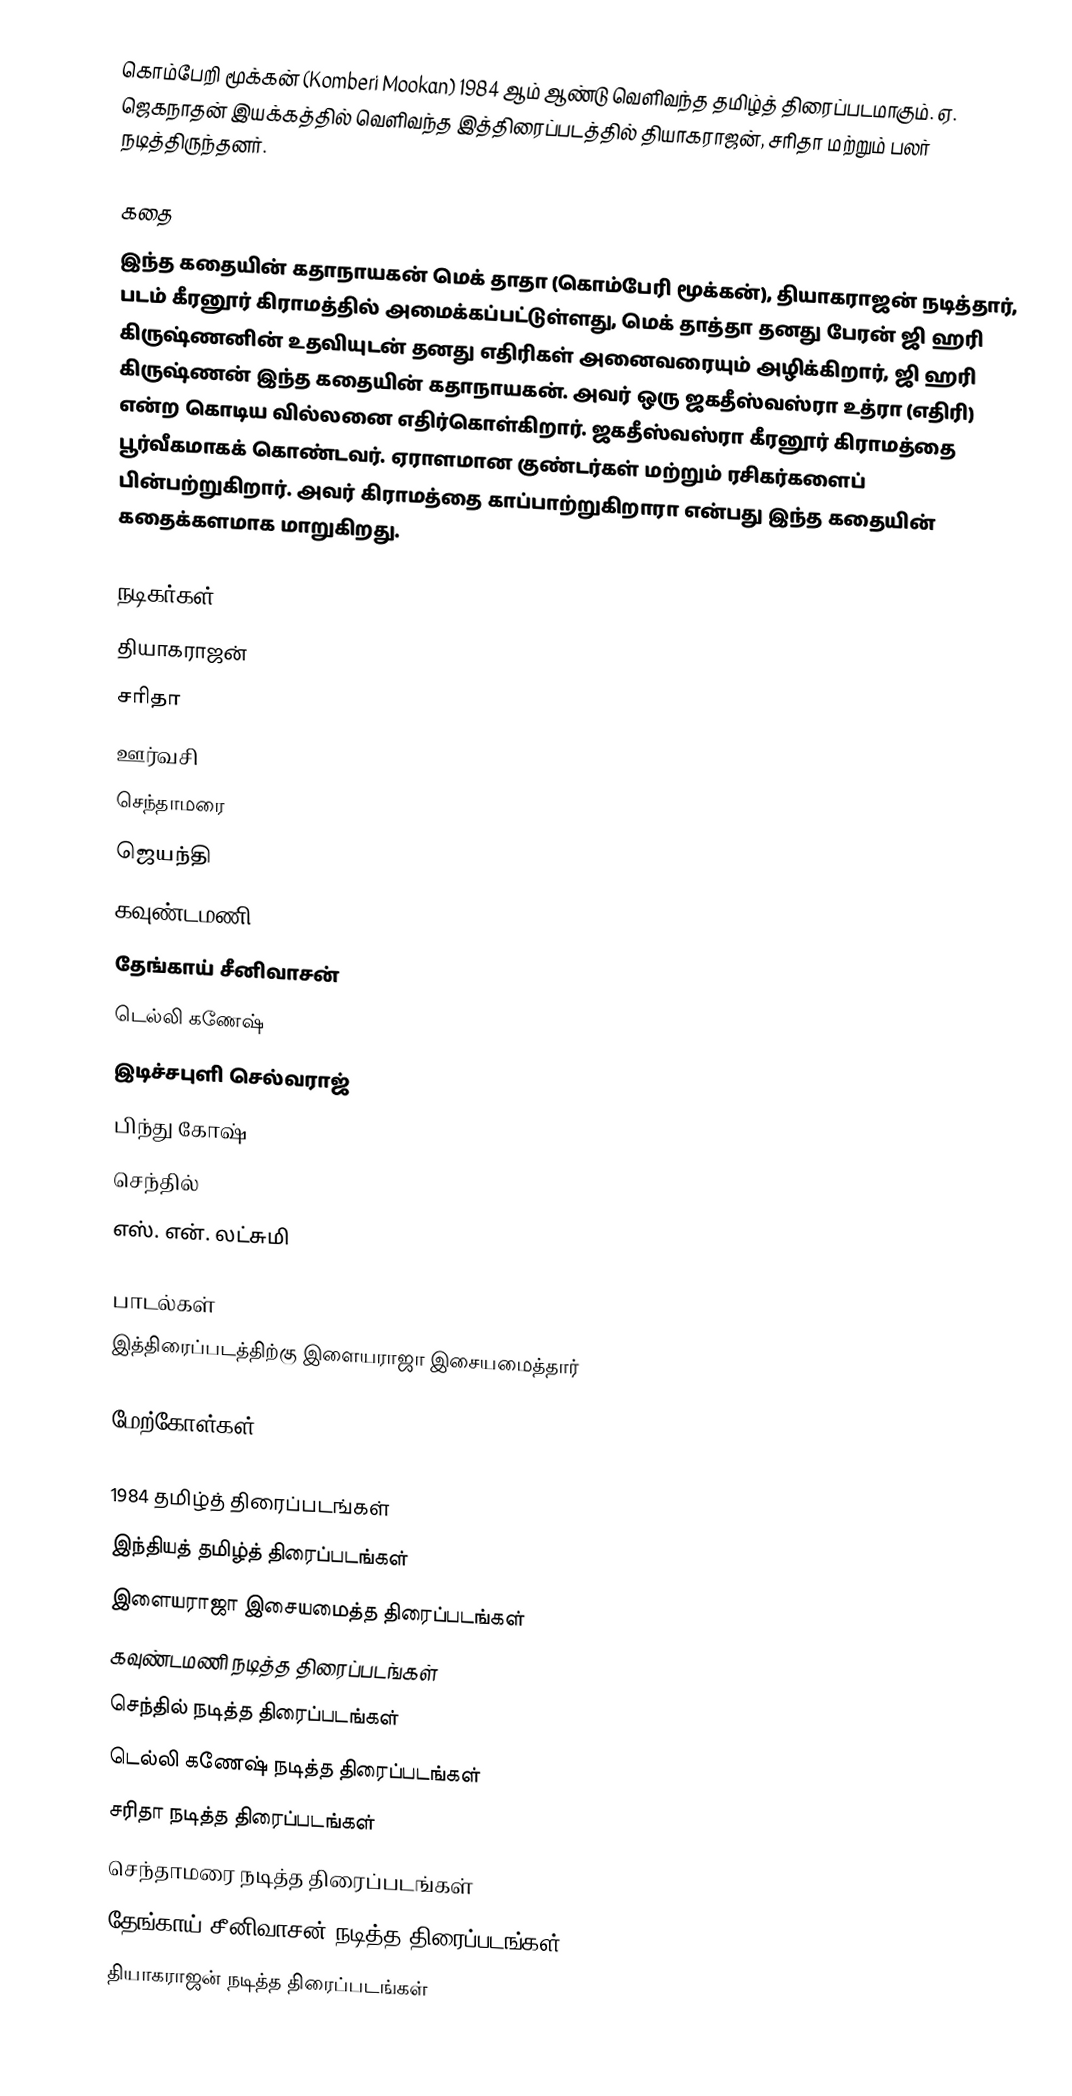
கொம்பேறி மூக்கன் (Komberi Mookan) 1984 ஆம் ஆண்டு வெளிவந்த தமிழ்த் திரைப்படமாகும். ஏ. ஜெகநாதன் இயக்கத்தில் வெளிவந்த இத்திரைப்படத்தில் தியாகராஜன், சரிதா மற்றும் பலர் நடித்திருந்தனர்.

கதை
இந்த கதையின் கதாநாயகன் மெக் தாதா (கொம்பேரி மூக்கன்), தியாகராஜன் நடித்தார், படம் கீரனூர் கிராமத்தில் அமைக்கப்பட்டுள்ளது, மெக் தாத்தா தனது பேரன் ஜி ஹரி கிருஷ்ணனின் உதவியுடன் தனது எதிரிகள் அனைவரையும் அழிக்கிறார், ஜி ஹரி கிருஷ்ணன் இந்த கதையின் கதாநாயகன். அவர் ஒரு ஜகதீஸ்வஸ்ரா உத்ரா (எதிரி) என்ற கொடிய வில்லனை எதிர்கொள்கிறார். ஜகதீஸ்வஸ்ரா கீரனூர் கிராமத்தை பூர்வீகமாகக் கொண்டவர். ஏராளமான குண்டர்கள் மற்றும் ரசிகர்களைப் பின்பற்றுகிறார். அவர் கிராமத்தை காப்பாற்றுகிறாரா என்பது இந்த கதையின் கதைக்களமாக மாறுகிறது.

நடிகர்கள்
 தியாகராஜன்
 சரிதா
 ஊர்வசி
 செந்தாமரை
 ஜெயந்தி
 கவுண்டமணி
 தேங்காய் சீனிவாசன்
 டெல்லி கணேஷ்
 இடிச்சபுளி செல்வராஜ்
 பிந்து கோஷ்
 செந்தில்
 எஸ். என். லட்சுமி

பாடல்கள்
இத்திரைப்படத்திற்கு இளையராஜா இசையமைத்தார்

மேற்கோள்கள்

1984 தமிழ்த் திரைப்படங்கள்
இந்தியத் தமிழ்த் திரைப்படங்கள்
இளையராஜா இசையமைத்த திரைப்படங்கள்
கவுண்டமணி நடித்த திரைப்படங்கள்
செந்தில் நடித்த திரைப்படங்கள்
டெல்லி கணேஷ் நடித்த திரைப்படங்கள்
சரிதா நடித்த திரைப்படங்கள்
செந்தாமரை நடித்த திரைப்படங்கள்
தேங்காய் சீனிவாசன் நடித்த திரைப்படங்கள்
தியாகராஜன் நடித்த திரைப்படங்கள்